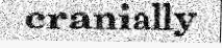
cranially